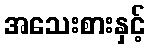
အသေးစားနှင့်